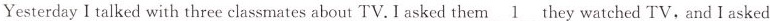
Yesterday I talked with three classmates about TV. I asked them \underline{1} they watched TV, and I asked